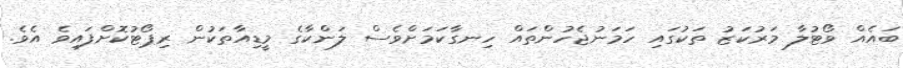
ބައެއް ވޯޓުލާ މަރުކަޒު ތަކުގައި ހަމަނުޖެހުންތައް ހިނގާކަމަށްވެސް ލަންކާގެ މީޑިއާތަކުން ރިޕޯޓުކޮށްފައިވެ އެވެ.